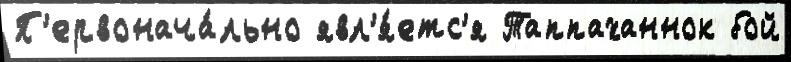
П'ервонача́льно явл'я́етс'я Таппаханнок бой